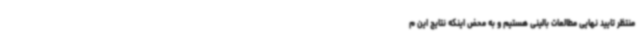
منتظر تایید نهایی مطالعات بالینی هستیم و به محض اینکه نتایج این م